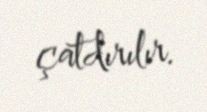
çatdırılır.